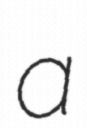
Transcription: a